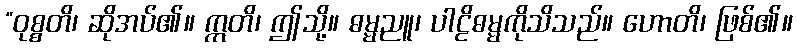
“ဝုစ္စတိ၊ ဆိုအပ်၏။ ဣတိ၊ ဤသို့။ ဓမ္မညူ၊ ပါဠိဓမ္မကိုသိသည်။ ဟောတိ၊ ဖြစ်၏။